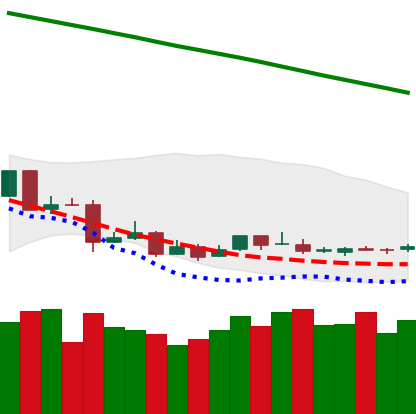
Ticker: ETC-USD
Chart end date: 2019-01-25
Forward return: -7.607%
Label: down_7plus